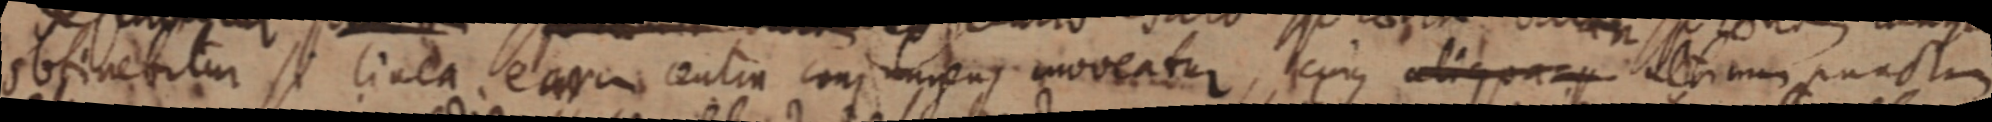
obtinebitur si linea earum centra conjungens moveatur, cuius aliqua alterum punctum